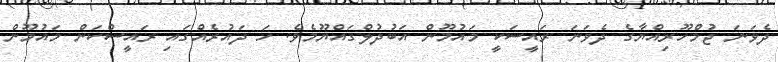
ދެވަނަ ޖުމްހޫރިއްޔާގެ ދެވަނަ ރައީސަކީ މައުމޫން އަބުދުލްގައްޔޫމެވެ. ހަ ދައުރެއްގައި ރައީސްކަން މައުމޫން